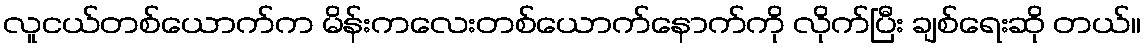
လူငယ်တစ်ယောက်က မိန်းကလေးတစ်ယောက်နောက်ကို လိုက်ပြီး ချစ်ရေးဆို တယ်။